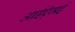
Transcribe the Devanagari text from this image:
आईऍमई